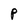
Character: P